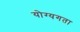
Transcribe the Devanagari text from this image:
योग्यगता